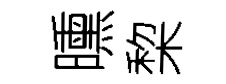
曛棃